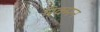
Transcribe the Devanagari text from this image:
रिक्मन